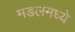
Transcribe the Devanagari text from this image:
मंडलमध्ये